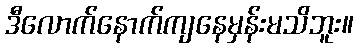
ဒီလောက်နောက်ကျနေမှန်းမသိဘူး။